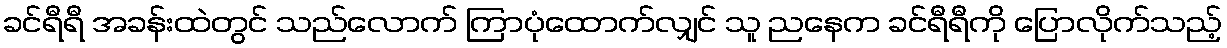
ခင်ရီရီ အခန်းထဲတွင် သည်လောက် ကြာပုံထောက်လျှင် သူ ညနေက ခင်ရီရီကို ပြောလိုက်သည့်